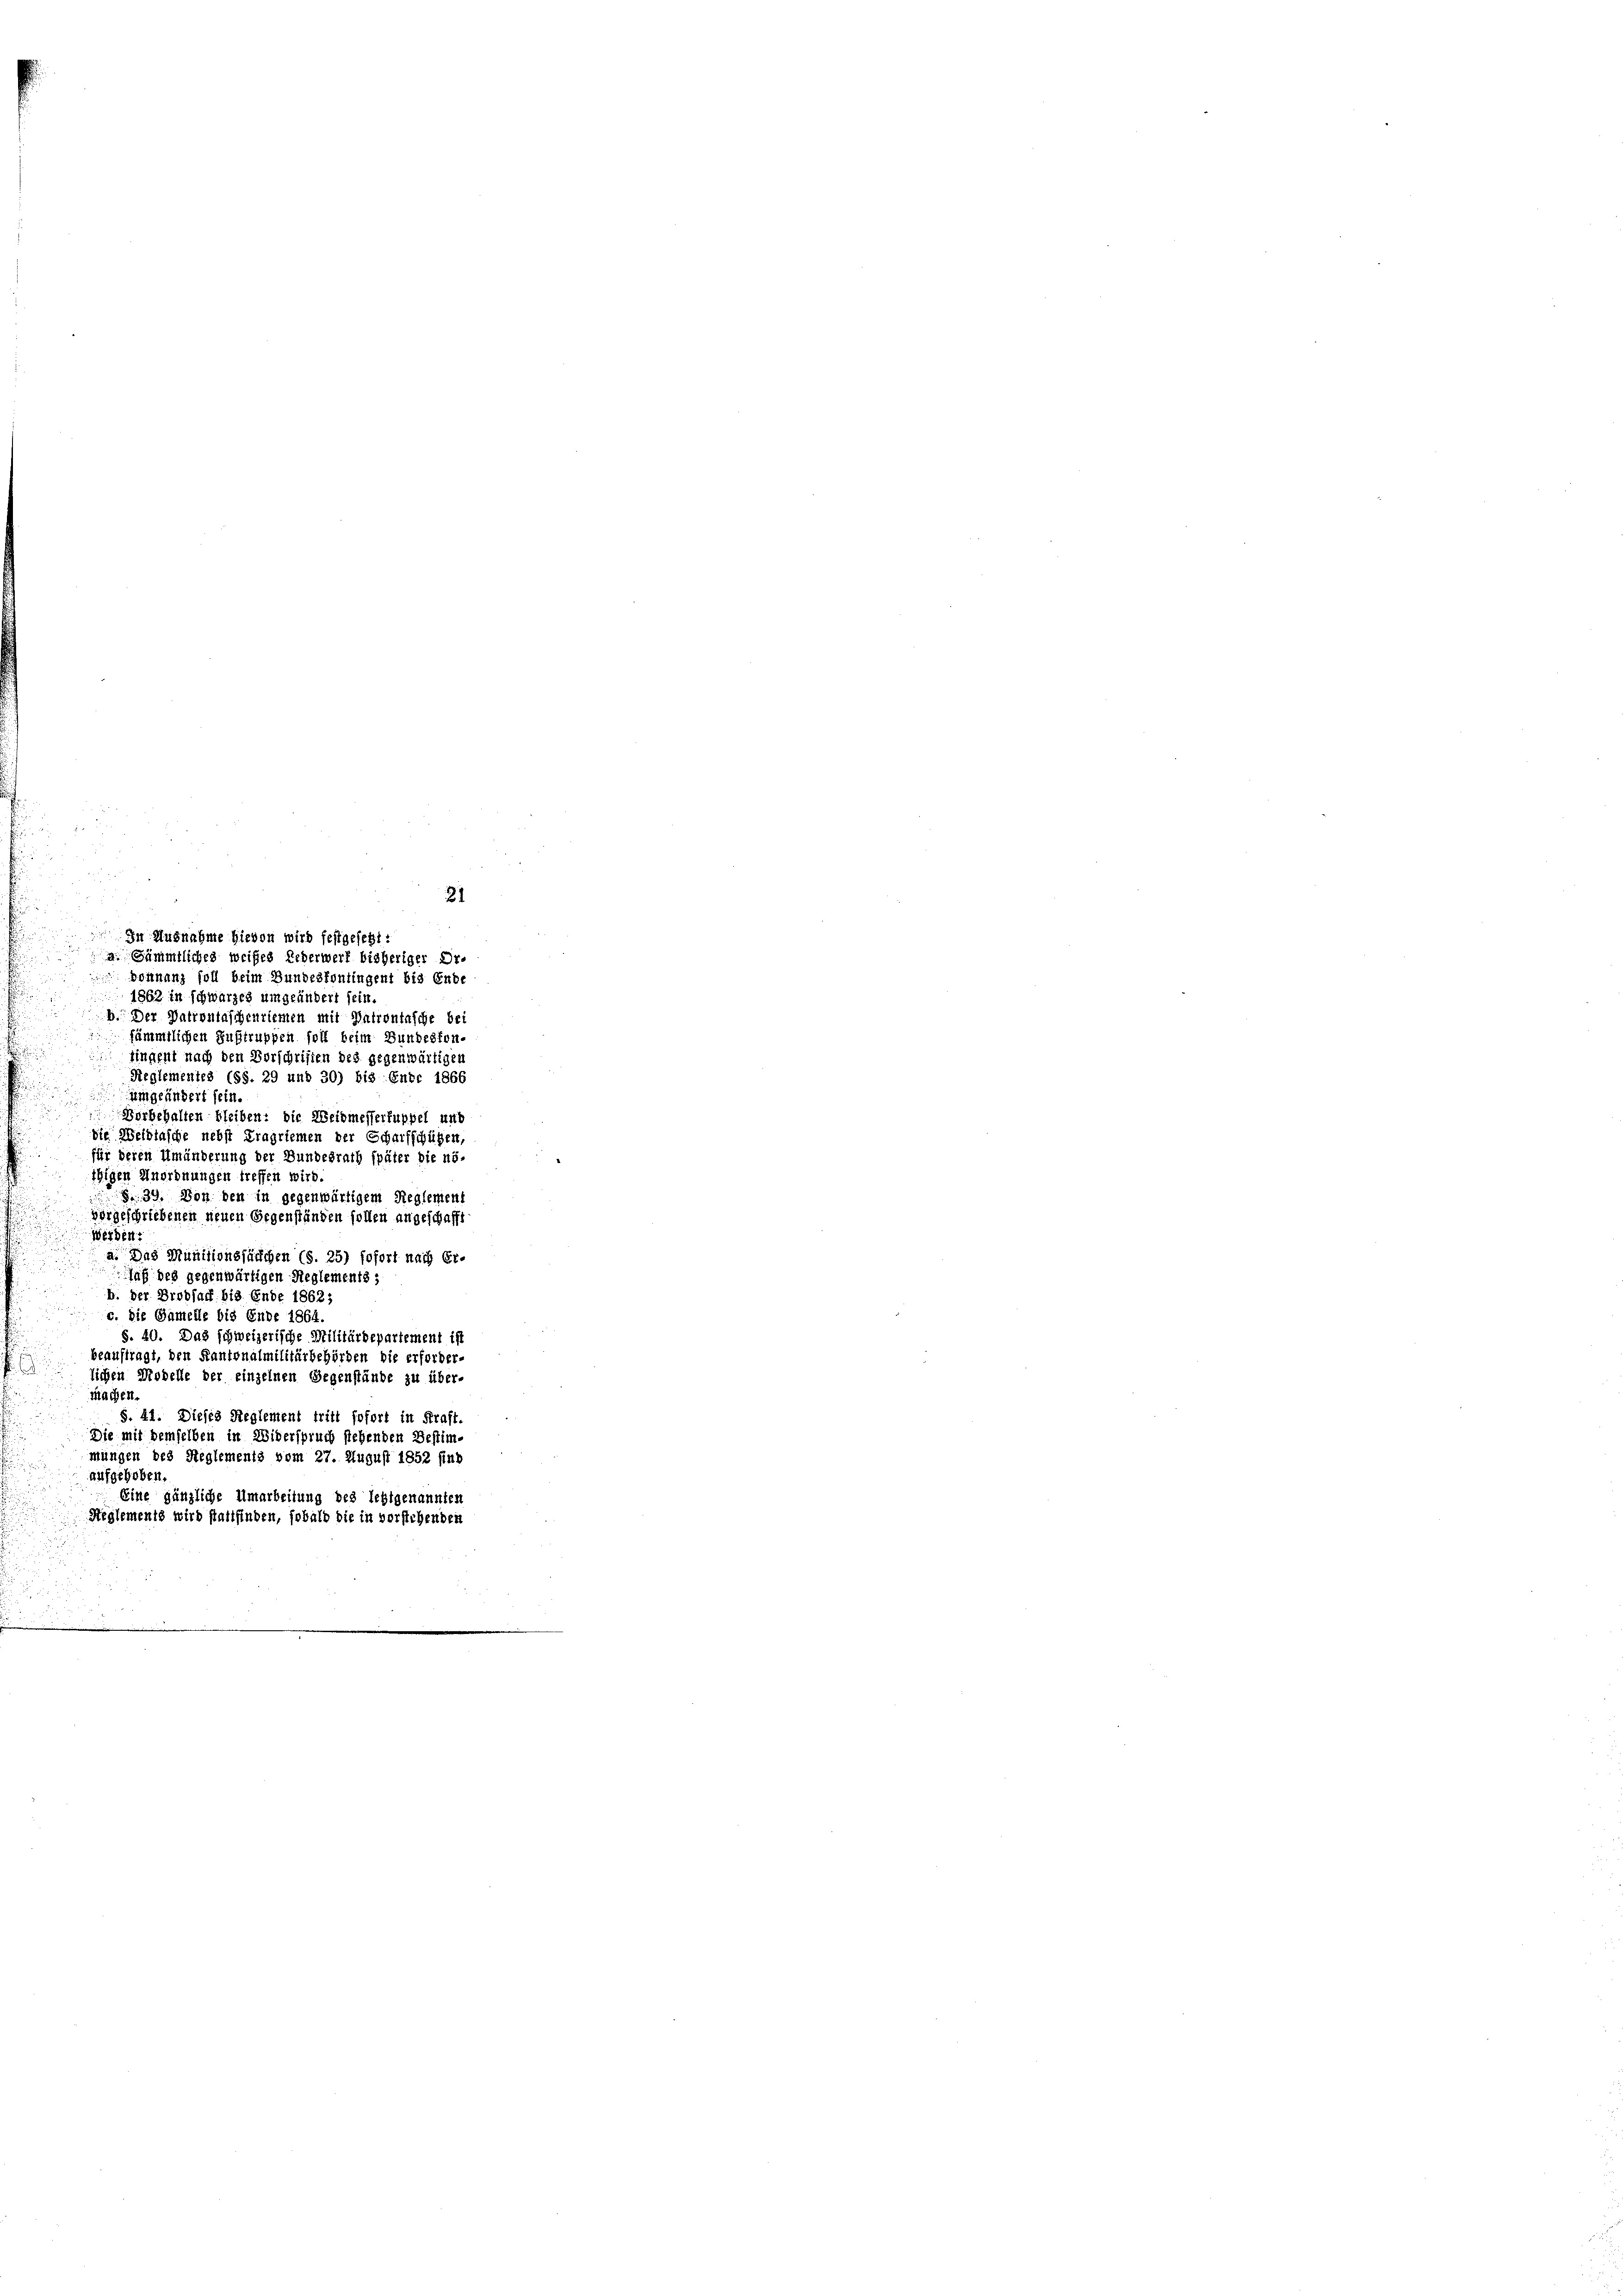
In Ausnahme hievon wird festgesezt:
a. Sämmtliches weißes Ueberwerf bisheriger Dr.
1862 in schwarzes umgeändert sein
sämmtlichen Sustruppen soll beim Bundesfon-
fingent nach den Vorschriften des gegenwärtigen
Reglementes (SS. 29 und 30) bis Ende 1866
umgeändert sein.
Vorbehalten bleiben: die Weibmesserfuppel unt
Die Weibiasche nebst Fragriemen der Scharfschügen,
für deren Umänderung der Bundesrath später die nöthigen Anordnungen treffen wird.
839. Von den in gegenwärtigem Reglement
vorgeschriebenen neuen Gegenständen sollen angeschafft
Werden
a. Das Munitionsfärchen (S. 25) sofort nach Er-
laß des gegenwärtigen Reglements;
b. Der Brodsach bis Ende 1862;
c. Die Gamelle bis Ende 1864
S. 40. Das schweizerische Militärdepartement is
beauftragt, den Kantonalmilitärbehörden die erforder-
lichen Modelle der einzelnen Gegenstände zu über-
Machen.
§. 41. Dieses Reglement tritt sofort in Kraft.
Die mit demselben in Widerspruch stehenden Bestim-
mungen des Reglements vom 27. August 1852 sind
aufgehoben.
Eine gänzliche Umarbeitung des festgenannten
Reglements wird stattfinden, sobald die in vorstehenden

n

21
 Donnanz soll beim Bundesfontingent bis Ende
b. Der Patrontaschenriemen mit Patrontasche be¬